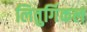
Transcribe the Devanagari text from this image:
लितुर्गिकल